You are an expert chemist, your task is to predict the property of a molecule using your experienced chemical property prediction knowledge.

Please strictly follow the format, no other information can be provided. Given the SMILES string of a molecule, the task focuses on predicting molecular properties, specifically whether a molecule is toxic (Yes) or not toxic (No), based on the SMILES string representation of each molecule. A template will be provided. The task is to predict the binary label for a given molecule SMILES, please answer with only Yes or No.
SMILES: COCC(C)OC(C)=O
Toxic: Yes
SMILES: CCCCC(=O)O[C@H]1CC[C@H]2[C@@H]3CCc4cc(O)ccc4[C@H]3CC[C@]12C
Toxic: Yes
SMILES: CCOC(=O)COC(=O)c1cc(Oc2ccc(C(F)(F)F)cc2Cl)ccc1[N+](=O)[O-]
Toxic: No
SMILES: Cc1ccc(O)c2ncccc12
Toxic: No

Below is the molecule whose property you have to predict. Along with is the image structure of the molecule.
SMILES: CCN1C(=CC=Cc2ccc3ccccc3[n+]2CC)C=Cc2ccccc21
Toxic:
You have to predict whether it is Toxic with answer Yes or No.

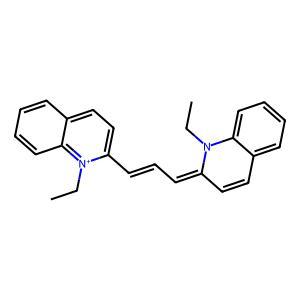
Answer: No